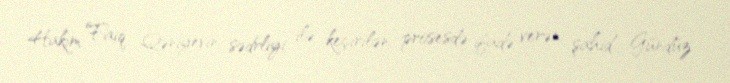
Hakim Faiq Qəniyevin sədrliyi ilə keçirilən prosesdə ifadə verən şahid Gündüz